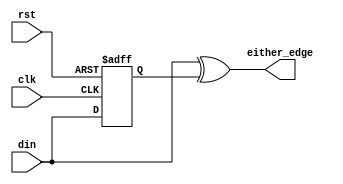
module either_edge_detector (clk,
                      rst,
                      din,
                      either_edge
                     );
  
  input clk, rst, din;
  output  either_edge; 
  
  reg dout;
  
  always @ (posedge clk or posedge rst)
    begin
      if (rst)
        begin
          dout <= 'h0;
        end
      else
        begin
          dout <= din;
        end
    end
  
  assign either_edge  = ( din ^ dout );
  
endmodule